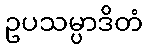
ဥပသမ္ပာဒိတံ